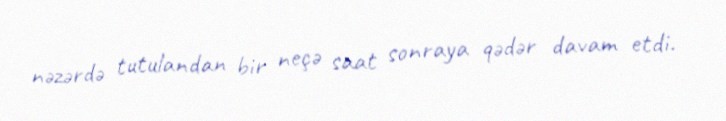
nəzərdə tutulandan bir neçə saat sonraya qədər davam etdi.